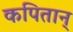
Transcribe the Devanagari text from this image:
कपितान्